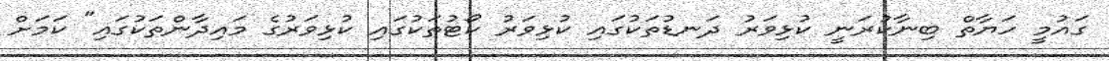
ގައުމީ ހަޔާތް ބިނާކުރަނީ ކުޅިވަރު ދަނޑުތަކުގައި ކުޅިވަރު ކޯޓުތަކުގައި ކުޅިވަރުގެ މައިދާންތަކުގައި" ކަމަށް